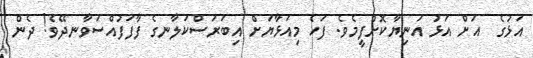
އަޅުގެ  އަށް އަޅު އަނިޔާކޮށްފީމެވެ. ފަހެ މިއަޅާޔަށް އިބަރަސްކަލާނގެ ފާފަފުއްސަވާނދޭވެ! ދެން